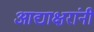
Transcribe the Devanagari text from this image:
आद्याक्षरांनी